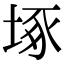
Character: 㙇